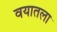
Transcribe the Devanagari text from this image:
वयातला